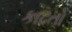
કાઢતો